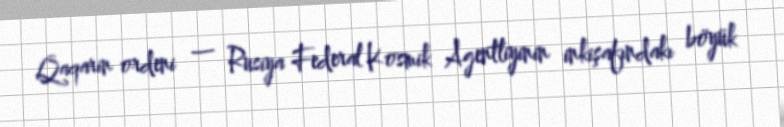
Qaqarin ordeni — Rusiya Federal Kosmik Agentliyinin inkişafındakı böyük